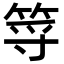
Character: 𥭐